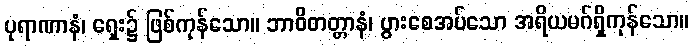
ပုရာဏာနံ၊ ရှေး၌ ဖြစ်ကုန်သော။ ဘာဝိတတ္တာနံ၊ ပွားစေအပ်သော အရိယမဂ်ရှိကုန်သော။